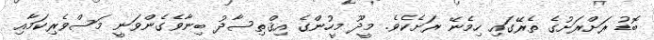
ބޮޑު ރަށްރަށުގެ ތެރޭގައި ހިމެނޭ ރަށެކެވެ. މީދޫ މީހުންގެ އިޤްތިސާދު ބިނާވެގެންވަނީ މަސްވެރިކަމާއި